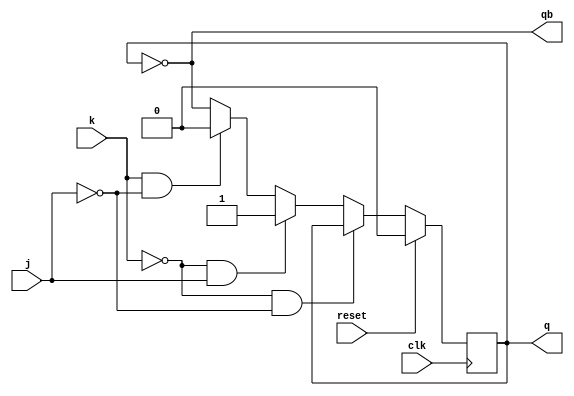
`timescale 1ns / 1ps
//////////////////////////////////////////////////////////////////////////////////
// Company: 
// Engineer: 
// 
// Design Name: 
// Module Name: jk_flipflop
// Project Name: 
// Target Devices: 
// Tool Versions: 
// Description: 
// 
// Dependencies: 
// 
// Revision:
// Revision 0.01 - File Created
// Additional Comments:
// 
//////////////////////////////////////////////////////////////////////////////////
module jkffD(q, qb, j, k, clk, reset);
output q, qb;
input j, k, clk, reset;
reg q;
assign qb = ~q;
always @(posedge clk) begin
    if (reset)
        q <= 0;
    else if (k==0 & j==0)
        q <= q;
    else if (k==0 & j==1)
        q <= 1;
    else if (k==1 & j==0)
        q <= 0;
    else
        q <= ~q;
end
endmodule